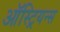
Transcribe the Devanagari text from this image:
ऑस्ट्रियन्स